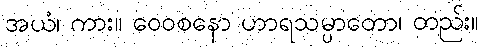
အယံ၊ ကား။ ဝေဝစနော ဟာရသမ္ပာတော၊ တည်း။